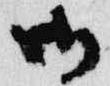
御